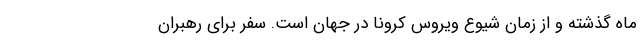
ماه گذشته و از زمان شیوع ویروس کرونا در جهان است. سفر برای رهبران